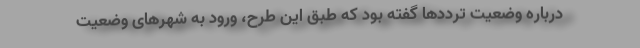
درباره وضعیت ترددها گفته بود که طبق این طرح، ورود به شهرهای وضعیت